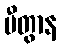
ပီတွာန